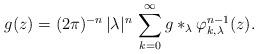
LaTeX: \begin{align*}g(z) = (2\pi)^{-n} \, |\lambda|^n \, \sum_{k=0}^\infty g \ast_\lambda \varphi_{k,\lambda}^{n-1}(z). \end{align*}